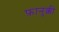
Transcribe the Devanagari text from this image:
फ़ानुक्की